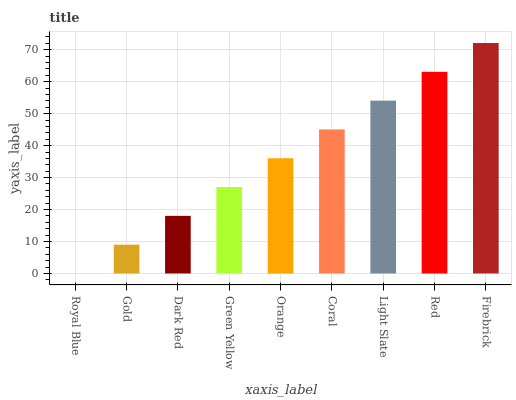
| xaxis_label | bars |
 | --- | --- |
 | Royal Blue | 0 |
 | Gold | 9.01 |
 | Dark Red | 18 |
 | Green Yellow | 27 |
 | Orange | 36.1 |
 | Coral | 45.1 |
 | Light Slate | 54.1 |
 | Red | 63.1 |
 | Firebrick | 72.1 |